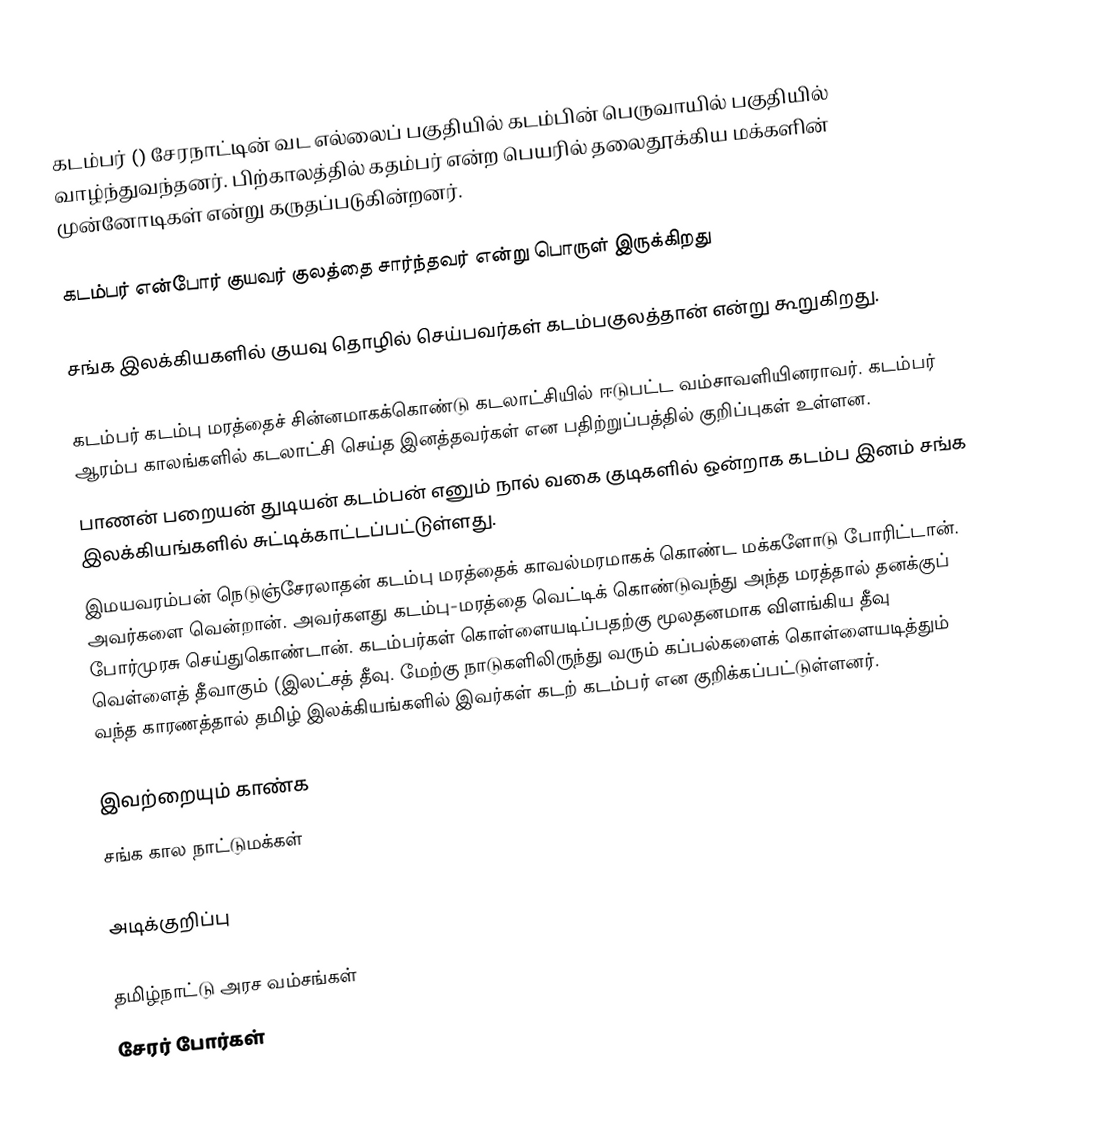
கடம்பர்  ()  சேரநாட்டின் வட எல்லைப் பகுதியில் கடம்பின் பெருவாயில் பகுதியில் வாழ்ந்துவந்தனர். பிற்காலத்தில் கதம்பர் என்ற பெயரில் தலைதூக்கிய மக்களின் முன்னோடிகள் என்று கருதப்படுகின்றனர்.

கடம்பர் என்போர் குயவர் குலத்தை சார்ந்தவர் என்று பொருள் இருக்கிறது

சங்க இலக்கியகளில் குயவு தொழில் செய்பவர்கள் கடம்பகுலத்தான் என்று கூறுகிறது.

கடம்பர் கடம்பு மரத்தைச் சின்னமாகக்கொண்டு கடலாட்சியில் ஈடுபட்ட வம்சாவளியினராவர். கடம்பர் ஆரம்ப காலங்களில் கடலாட்சி செய்த இனத்தவர்கள் என பதிற்றுப்பத்தில் குறிப்புகள் உள்ளன.
பாணன் பறையன் துடியன் கடம்பன் எனும் நால் வகை குடிகளில் ஒன்றாக கடம்ப இனம் சங்க இலக்கியங்களில் சுட்டிக்காட்டப்பட்டுள்ளது.
இமயவரம்பன் நெடுஞ்சேரலாதன் கடம்பு மரத்தைக் காவல்மரமாகக் கொண்ட மக்களோடு போரிட்டான். அவர்களை வென்றான். அவர்களது கடம்பு-மரத்தை வெட்டிக் கொண்டுவந்து அந்த மரத்தால் தனக்குப் போர்முரசு செய்துகொண்டான். கடம்பர்கள் கொள்ளையடிப்பதற்கு மூலதனமாக விளங்கிய தீவு வெள்ளைத் தீவாகும் (இலட்சத் தீவு. மேற்கு நாடுகளிலிருந்து வரும் கப்பல்களைக் கொள்ளையடித்தும் வந்த காரணத்தால் தமிழ் இலக்கியங்களில் இவர்கள் கடற் கடம்பர் என குறிக்கப்பட்டுள்ளனர்.

இவற்றையும் காண்க
 சங்க கால நாட்டுமக்கள்

அடிக்குறிப்பு

தமிழ்நாட்டு அரச வம்சங்கள்
சேரர் போர்கள்